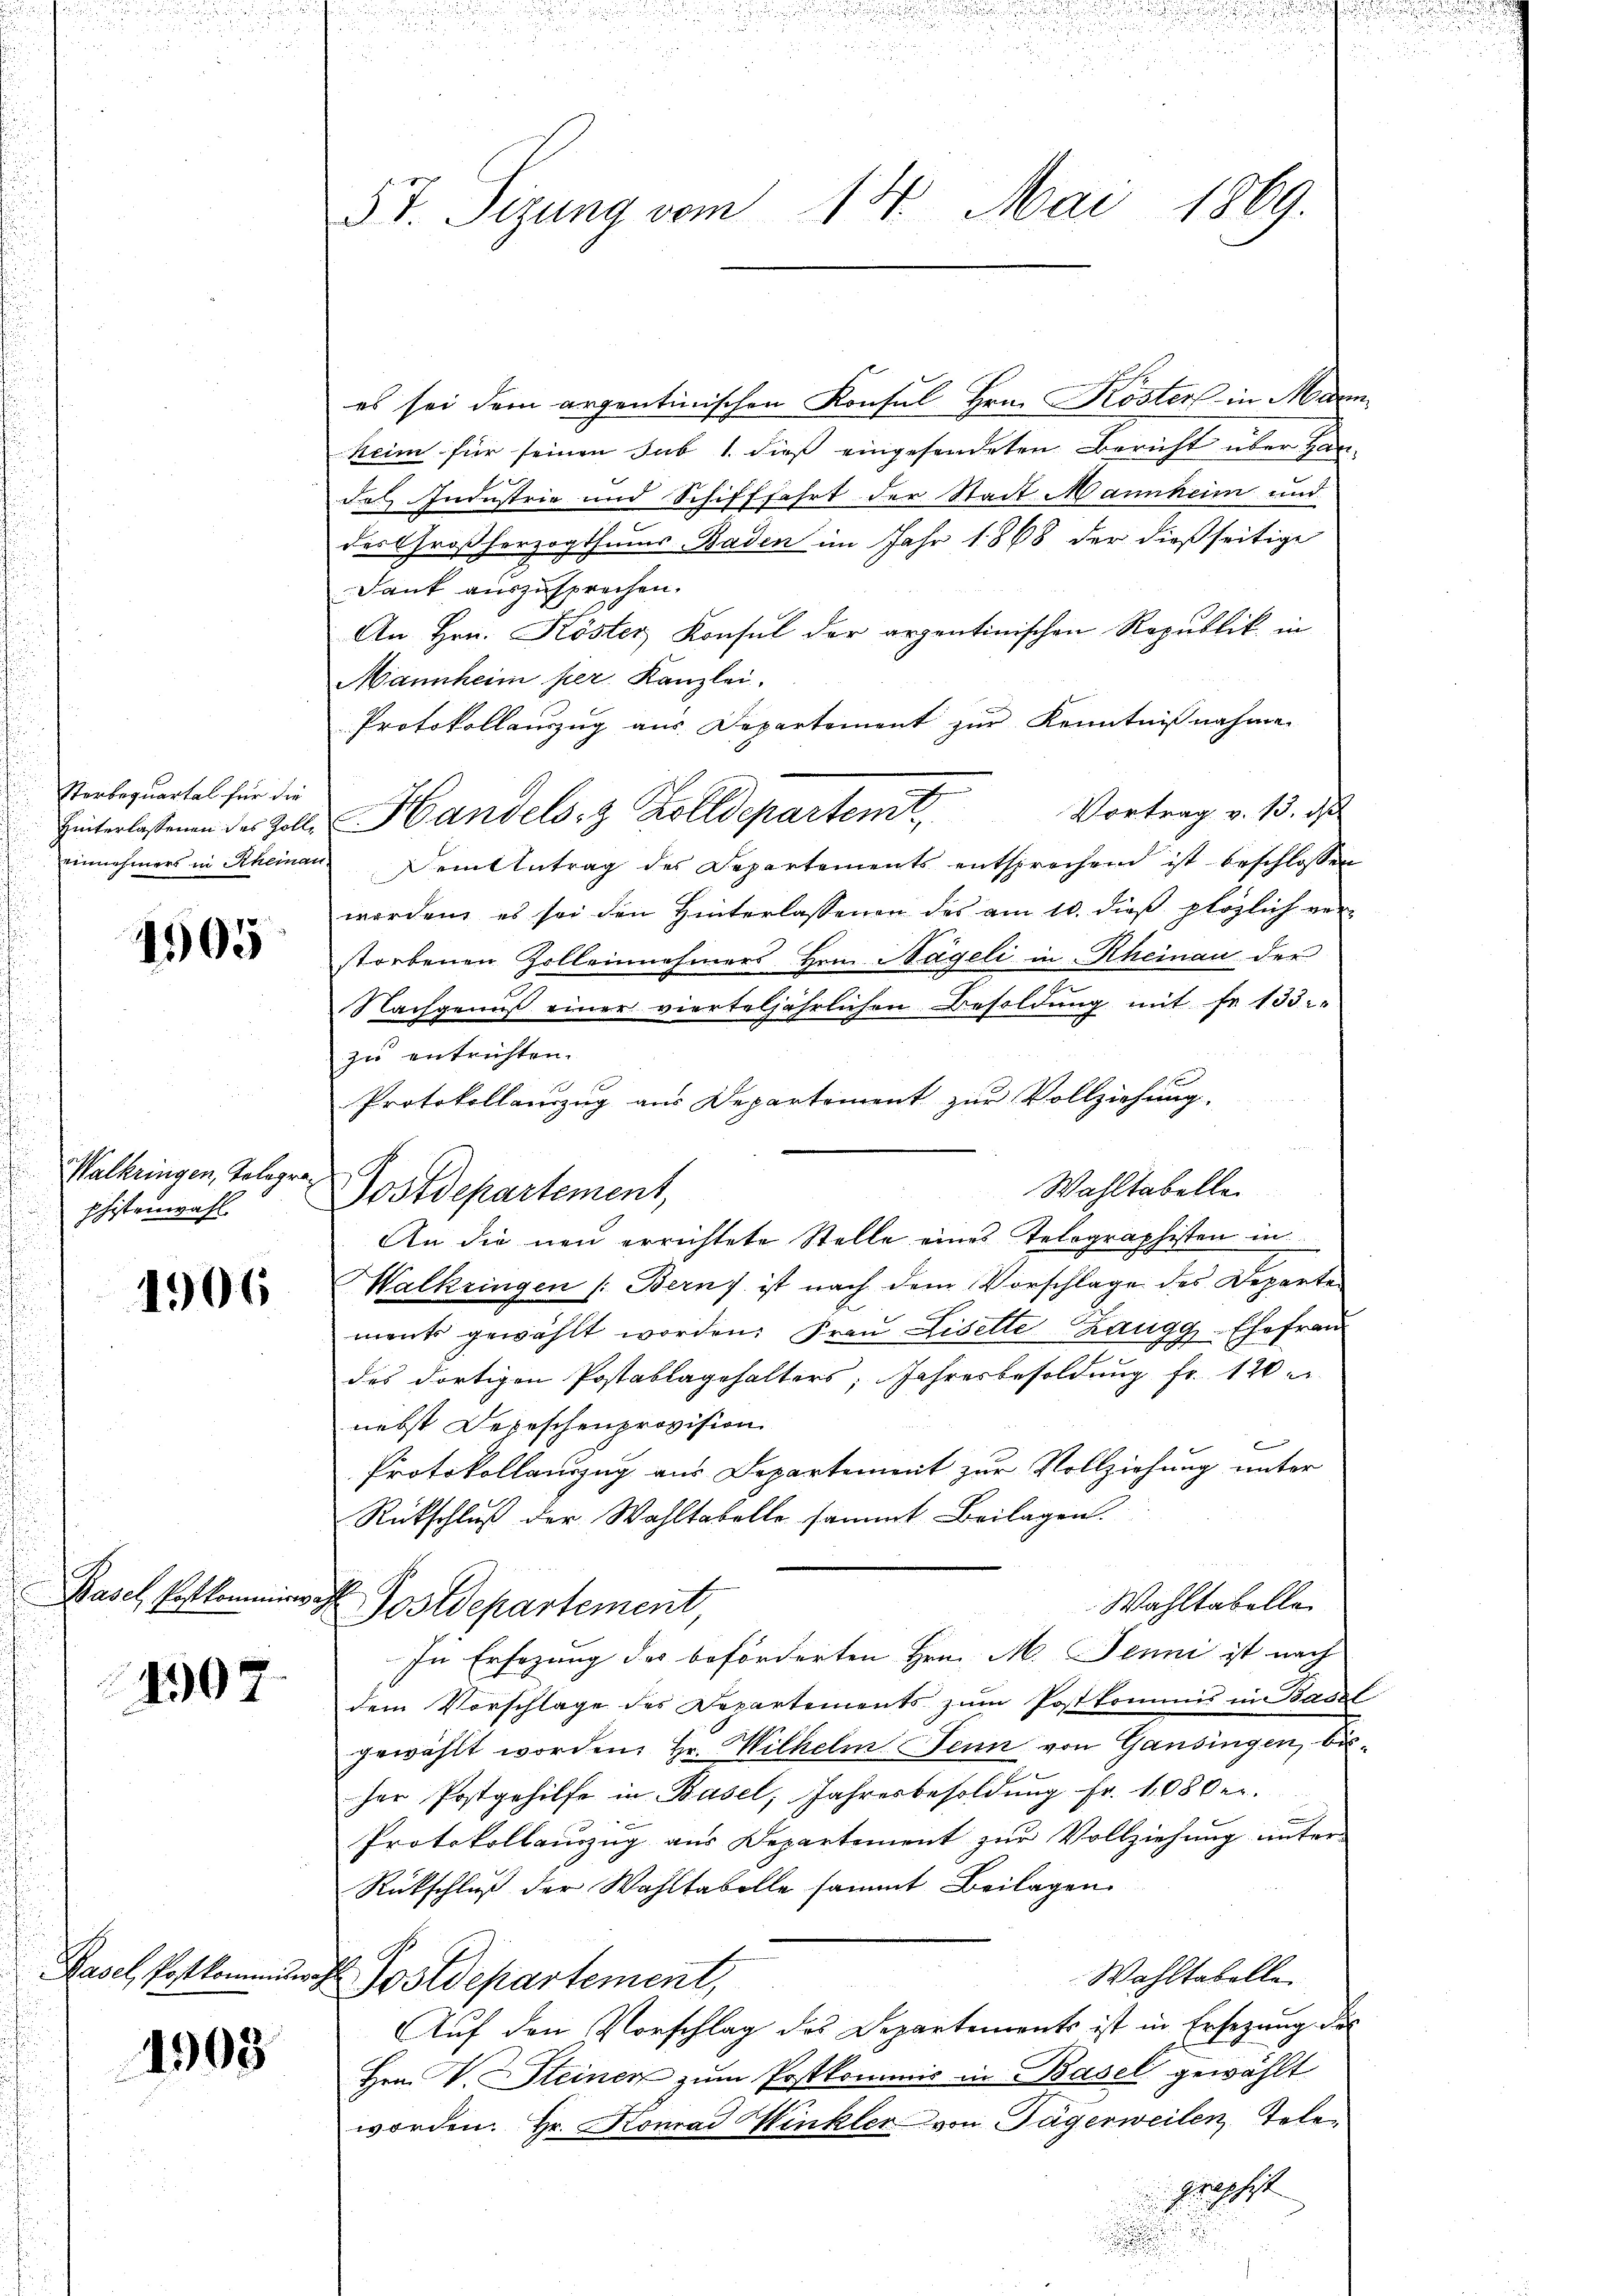
Sterbequartal für die
Hinterlassenen des Zoll¬

1905

Walkringen, Tolographistenwahl.

1906

Basel, Postkommis

4907.

Pasel, Post kommiswa

1908

5t. Sizung vom 14. Mai 1869.

es sei dem argentinischen Konsul Hrn. Kösters in Marm
heim für seinen sub 1. dieß eingesendeten Bericht über Han¬
E
das Industrie und Schifffahrt der Stadt Mannheim und
des Großherzogthums Baden im Jahr 1868 der dießseitige
Dank auszusprechen.
An Hrn. Köster Konsul der arzentinischen Republik in
Mannheim per Kanzlei.
Protokollauszug aus Departement zur Kenntnißnahme.
Vortrag v. 13. ds
Handels z. Kolldepartent
einnehmers in Rheinau dem Antrag des Departements entsprochend ist beschlossen
worden, es sei den Hinterlassenen des am 10. dieß plözlich verstorbenen Zolleinnehmers Hrn. Nägeli in Rheinau der
Nachgenuß einer vierteljährlichen Besoldung mit Fr. 133.
zu entrichten.
Protokollauszug aus Departement zur Vollziehung.
Wahltabellen
Walkringen (: Bern) ist nach dem Vorschlage des Departe
ments gewählt worden. Frau Liselte Zaugg, Ehefrau
des dortigen Postablagehalters; Jahresbesoldung fr. 120.
nebst Depeschenprovision.
Protokollauszug aus Departement zur Vollziehung unter
Rückschluß der Wahltabelle sammt Beilagen.
ah
Wahltabelle
Postdepartement,
In Ersezung des beförderten Hrn. M. Jenni ist nach
dem Vorschlage des Departements zum Postkommis in Basel
gewählt worden. Hr. Wilhelm Senn von Gansingen, bisher Postgehilfe in Basel, Jahresbesoldung Fr. 1080er.
Protokollauszug aus Departement zur Vollziehung unter-
Rückschluß der Wahltabelle sammt Beilagen
Wahltabelle
 Postdepartement,
Auf den Vorschlag des Departements ist in Ersezung des
Hrn. V. Steinen zum Postkommis in Basel gewählt
worden. Hr. Konrad Winkler von Tägerweilen Tele
graphist

Postdepartement,

An die neu errichtete Stelle eines Telographisten in